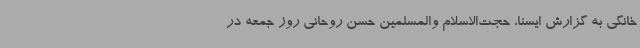
خانگی به گزارش ایسنا، حجت‌الاسلام والمسلمین حسن روحانی روز جمعه در